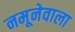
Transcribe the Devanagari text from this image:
नमूनेवाला